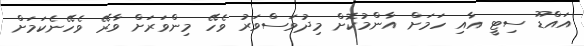
އައްޑޫ ސިޓީ އާއި ހަމަށް އާންމުކޮށް މިދުވަސްވަރު ވެހޭ މިންވަރަށް ވާރޭ ވެހޭނެކަމަށް